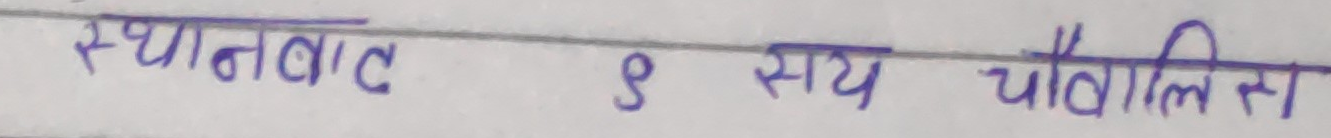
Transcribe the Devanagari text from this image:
स्थानवाद ९ सय चौवालिस